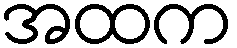
အထက